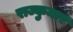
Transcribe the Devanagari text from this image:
राज्कुमार